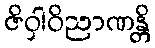
ဇိဝှါဝိညာဏန္တိ